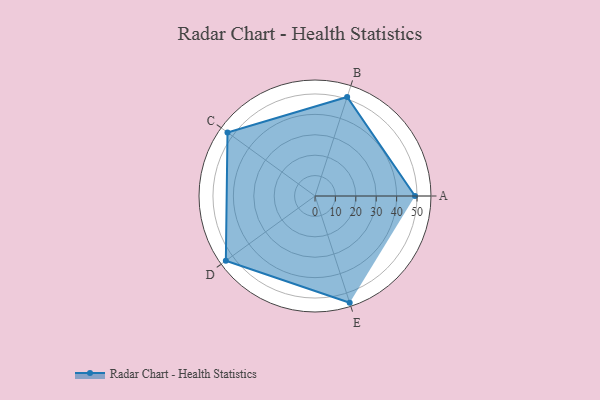
{"axis": {"x": "Skill", "y": "Score"}, "legend": ["Profile"], "data": [{"x": "A", "y": 49.0, "type": "Profile"}, {"x": "B", "y": 51.0, "type": "Profile"}, {"x": "C", "y": 53.0, "type": "Profile"}, {"x": "D", "y": 54.0, "type": "Profile"}, {"x": "E", "y": 55.0, "type": "Profile"}]}